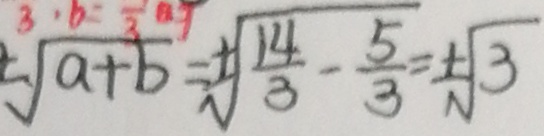
\pm \sqrt { a + b } = \pm \sqrt { \frac { 1 4 } { 3 } - \frac { 5 } { 3 } } = \pm \sqrt { 3 }